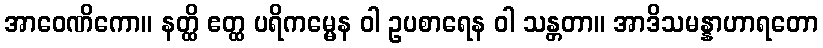
အာဝေဏိကော။ နတ္ထိ ဧတ္ထ ပရိကမ္မေန ဝါ ဥပစာရေန ဝါ သန္တတာ။ အာဒိသမန္နာဟာရတော